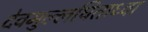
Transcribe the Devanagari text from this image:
देवमुल्लघिताध्वा